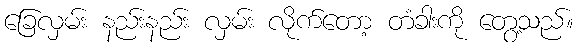
ခြေလှမ်း နည်းနည်း လှမ်း လိုက်တော့ တံခါးကို တွေ့သည်။